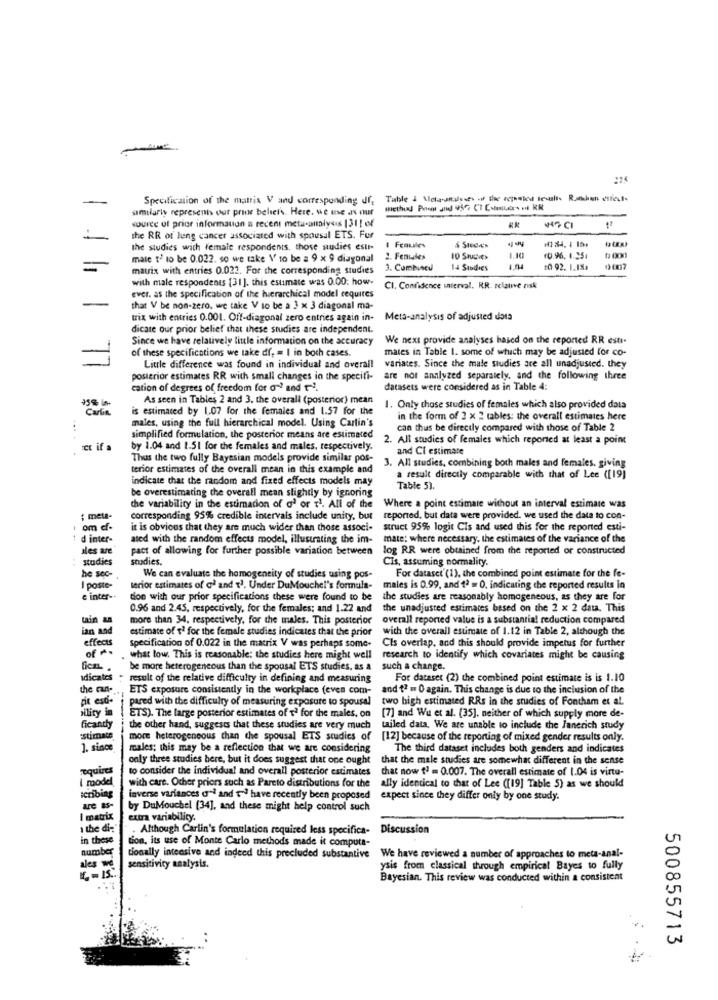
Specification of the matrix V and corresponding Jf, Table & Melasmalots of the reported Bewal Rushen cife
similarly represents our prior bellel's. Here. we use as our
method Prom and 955 CT Colmillos+ on KM
source of prior informauon a recent meta-analysis 1311 of
46 CI
the RR of lung cancer associated with spousal ETS. Fur
the studies with female respondents, those studies esti-
I Femulles
male t' to be 0.022. so we take V to be a 9 x 9 diagonal
2. Fenules
10 SIusves
1.10
10.96. 1.25
=
matix with entries 0.022. For the corresponding studies
3. Cumbuseu
14 Studies
10 92. 1.18.
with male respondents [31]. this estimate was 0.00. how-
CI. Confidence interval, RR. relative risk
ever. as the specification of the hierarchical model requires
that V be non-zero. we take V to be a 3 x 3 diagonal ma-
trix with entries 0.001. Off-diagonal zero entries again in-
Meta-analysis of adjusted dota
dicate our prior belief that these studies are independent.
Since we have relatively liule information on the accuracy
We next provide analyses based on the reported RR esti-
of these specifications we take df, = I in both cases.
mates in Table 1. some of which may be adjusted for co-
Little difference was found in individual and overall
variates. Since the male studies are all unadjusted. they
posterior estimates RR with small changes in the specifi-
are not analyzed separately, and the following three
cation of degrees of freedom for al' and 1-2.
datasets were considered as in Table 4:
As seen in Tables 2 and 3. the overall (posterior) mean
Carlie
is estimated by 1.07 for the females and 1.57 for the
1. Only those studies of females which also provided data
males, using the full hierarchical model. Using Carlin's
in the form of 2 x 2 tables: the overall estimates here
can thus be directly compared with those of Table 2
simplified formulation, the posterior means are estimated
2. All studies of females which reported at least a point
et if a
by 1.04 and 1.51 for the females and males, respectively.
and Cl estimate
Thus the two fully Bayesian models provide similar pos-
terior estimates of the overall mean in this example and
3. All studies, combining both males and females, giving
indicate that the random and fixed effects models may
a result directly comparable with that of Lee ([19]
be overestimating the overall mean slightly by ignoring
Table 5).
the variability in the estimation of o' or 71. All of the
Where a point estimate without an interval estimate was
: meta-
corresponding 95% credible intervals include unity, but
reported, but data were provided. we used the data to con-
om cf.
it is obvious that they are much wider than those associ-
struct 95% logit Cis and used this for the reported esti-
d inter-
ated with the random effects model, illustrating the im-
mate; where necessary. the estimates of the variance of the
ales are
pact of allowing for further possible variation between
log RR were obtained from the reported or constructed
studies
studies.
Cis, assuming normality.
he sec-
We can evaluate the homogeneity of studies using pos-
For dataset(1), the combined point estimate for the fe-
I poste-
terior estimates of o' and t'. Under DuMouche!'s formula-
males is 0.99, and 12 = 0. indicating the reported results in
e inter-
don with our prior specifications these were found to be
the studies are reasonably homogeneous, as they are for
0.96 and 2.45, respectively, for the females; and 1.22 and
the unadjusted estimates based on the 2 x 2 dat. This
win an
more than 34, respectively, for the males. This posterior
overall reported value is a substantial reduction compared
ian and
estimate of t' for the female studies indicates that the prior
with the overall estimate of 1.12 in Table 2, although the
effects
Cls overlap, and this should provide impetus for further
of
specification of 0.022 in the matrix V was perhaps some-
what low. This is reasonable: the studies here might well
research to identify which covariates might be causing
ficaL .
be more heterogeneous than the spousal ETS studies, as a
such a change.
Idicates
result of the relative difficulty in defining and measuring
For dataset (2) the combined point estimate is is 1.10
the can ...
ETS exposure consistently in the workplace (even com-
and t2 = 0 again. This change is due to the inclusion of the
it est-
pared with the difficulty of measuring exposure to spousal two high estimated RRs in the studies of Fontham et al.
ility in
ETS). The large posterior estimates of t' for the males, on
[7] and Wu et al. (35]. neither of which supply more de-
ficantly
the other hand, suggests that these studies are very much
tailed data, We are unable to include the Janerich study
estimate
more heterogeneous than the spousal ETS studies of
[12] because of the reporting of mixed gender results only.
1. since
males; this may be a reflection that we are considering
The third dataset includes both genders and indicates
only three studies here, but it does suggest that one ought
that the male studies are somewhat different in the sense
requires
to consider the individual and overall posterior estimates
that now f' = 0.007. The overall estimate of 1.04 is virtu-
I mode
scribing
with care. Other priors such as Pareto distributions for the
ally identical to that of Lee ([19] Table 5) as we should
inverse variances and and t have recently been proposed expect since they differ only by one study.
are as-
by DuMouchel [34], and these might help control such
I matrix
extra variability.
1 the di:
Although Carlin's formulation required less specifica-
Discussion
in these
tion, its use of Monte Carlo methods made it computa-
number
tionally intensive and indeed this precluded substantive We have reviewed a number of approaches to meta-anal-
ales we
sensitivity analysis.
ysis from classical through empirical Bayes to fully
6-15.
Bayesian. This review was conducted within a consistent
500855713